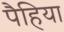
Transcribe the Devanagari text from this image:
पैहिया